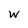
Character: w